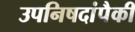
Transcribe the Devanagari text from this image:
उपनिषदांपैकी